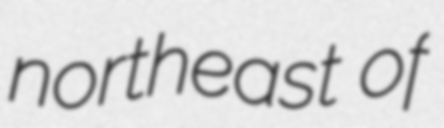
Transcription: northeast of